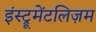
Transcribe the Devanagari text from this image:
इंस्ट्रूमेंटलिज़म